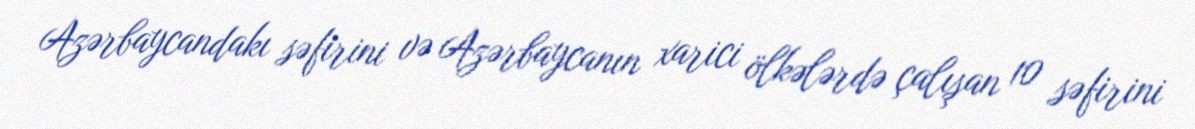
Azərbaycandakı səfirini və Azərbaycanın xarici ölkələrdə çalışan 10 səfirini